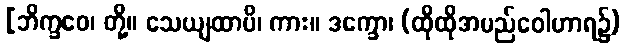
[ဘိက္ခဝေ၊ တို့။ သေယျထာပိ၊ ကား။ ဒက္ခော၊ (ထိုထိုအမည်ဝေါဟာရ၌)